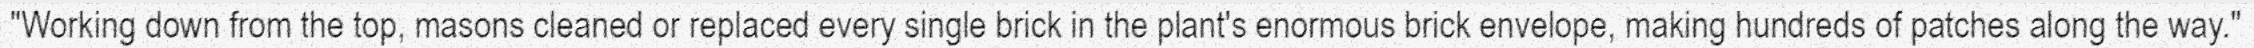
"Working down from the top, masons cleaned or replaced every single brick in the plant's enormous brick envelope, making hundreds of patches along the way."